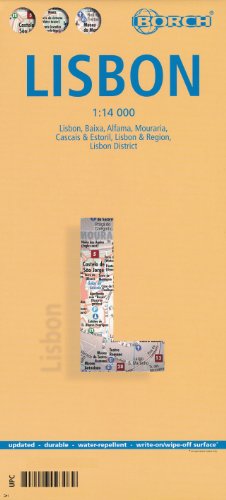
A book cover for Lisbon (Lisboa, Portugal) 1:14,000 Street Map, waterproof BORCH; Borch Verlag; Travel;